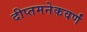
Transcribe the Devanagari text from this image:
दीप्तमनेकवर्णं